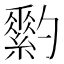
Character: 𦆗